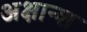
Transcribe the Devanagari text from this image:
अक्षान्श